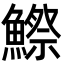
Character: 鰶